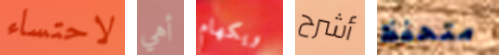
لاحتساء أهي ويكهام أشرح متحفظ